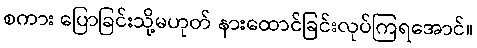
စကား ပြောခြင်းသို့မဟုတ် နားထောင်ခြင်းလုပ်ကြရအောင်။